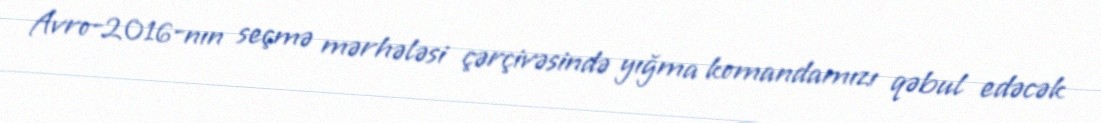
Avro-2016-nın seçmə mərhələsi çərçivəsində yığma komandamızı qəbul edəcək